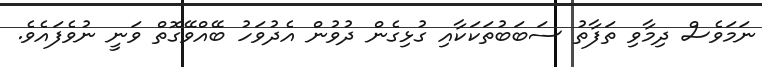
ނަމަވެސް ދިމާވި ތަފާތު ސަބަބުތަކަކާއި ގުޅިގެން ދުވުން އެދުވަހު ބޭއްވޭގޮތް ވަނީ ނުވެފައެވެ.